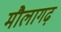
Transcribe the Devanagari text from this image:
मौलागढ़